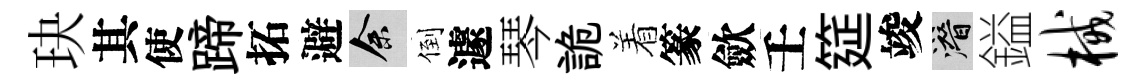
玦其使蹄拓避余倒遽琴詭着篆歛壬筵竣潜鎰械